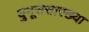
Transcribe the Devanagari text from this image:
युनूससारख्या